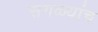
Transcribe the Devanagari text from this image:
सगळ्यांच